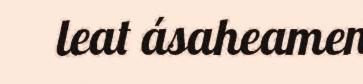
leat ásaheamen